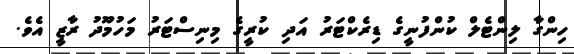
ހިންގާ ލިންޓެލް ކުންފުނީގެ ޑިރެކްޓަރު އަދި ކުރީގެ މިނިސްޓަރު މަހުމޫދު ރާޒީ އެވެ.